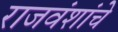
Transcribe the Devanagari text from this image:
राजवंशांचे